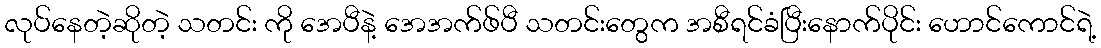
လုပ်နေတဲ့ဆိုတဲ့ သတင်း ကို အေပီနဲ့ အေအက်ဖ်ပီ သတင်းတွေက အစီရင်ခံပြီးနောက်ပိုင်း ဟောင်ကောင်ရဲ့